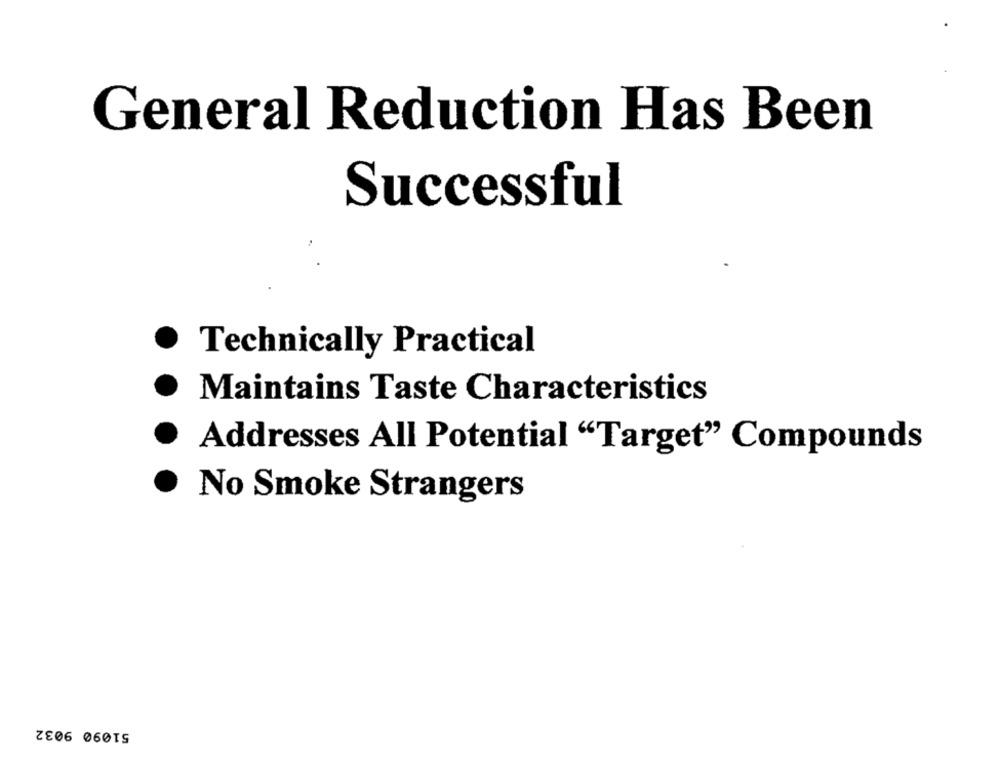
General Reduction Has Been
Successful
Technically Practical
Maintains Taste Characteristics
Addresses All Potential "Target" Compounds
No Smoke Strangers
ZE06 060TS